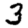
Digit: 3